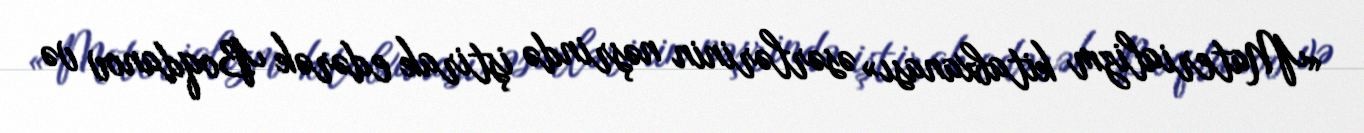
«Materializm kitabxanası» əsərlərinin nəşrində iştirak edərək Boqdanov və